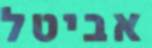
אביטל